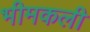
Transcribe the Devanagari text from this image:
भीमकली